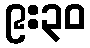
၉:၃၀